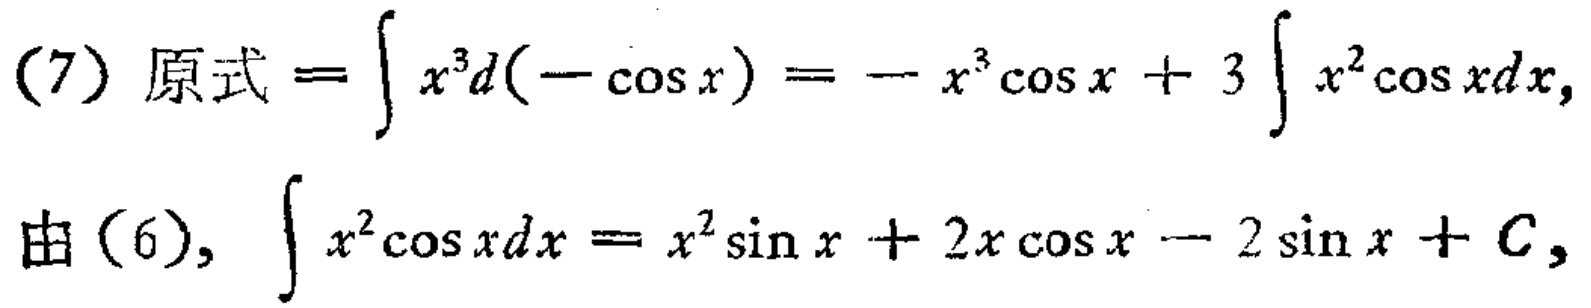
(7) 原式 \(=\int x^{3}d(-\cos x)=-x^{3}\cos x + 3\int x^{2}\cos xdx\)，

由 (6), \(\int x^{2}\cos xdx=x^{2}\sin x + 2x\cos x - 2\sin x + C\)，